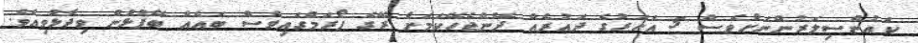
ކައުންސިލަރުންނަށްވެސް 5 އަހަރުގެ ދައުރެއް ދޭންޖެހޭކަމަށް ރޭގެ ފޯރަމްގައިވެސް ބައެއް ބޭފުޅުން ވިދާޅުވިއެވެ.